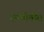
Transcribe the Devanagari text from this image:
एल्बीकैंस